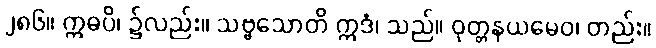
၂၈၆။ ဣဓပိ၊ ၌လည်း။ သဗ္ဗသောတိ ဣဒံ၊ သည်။ ဝုတ္တနယမေဝ၊ တည်း။